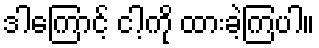
ဒါကြောင့် ငါ့ကို ထားခဲ့ကြပါ။